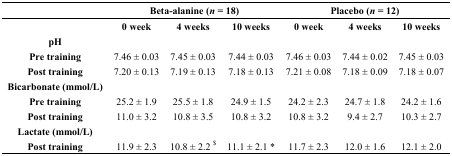
<table><thead><tr><td></td><td colspan="3"><b>Beta-alanine (<i>n</i> = 18)</b></td><td colspan="3"><b>Placebo (<i>n</i> = 12)</b></td></tr><tr><td></td><td><b>0 week</b></td><td><b>4 weeks</b></td><td><b>10 weeks</b></td><td><b>0 week</b></td><td><b>4 weeks</b></td><td><b>10 weeks</b></td></tr></thead><tbody><tr><td><b>pH</b></td><td></td><td></td><td></td><td></td><td></td><td></td></tr><tr><td><b>Pre training</b></td><td>7.46 ± 0.03</td><td>7.45 ± 0.03</td><td>7.44 ± 0.03</td><td>7.46 ± 0.03</td><td>7.44 ± 0.02</td><td>7.45 ± 0.03</td></tr><tr><td><b>Post training</b></td><td>7.20 ± 0.13</td><td>7.19 ± 0.13</td><td>7.18 ± 0.13</td><td>7.21 ± 0.08</td><td>7.18 ± 0.09</td><td>7.18 ± 0.07</td></tr><tr><td><b>Bicarbonate (mmol</b><b>/</b><b>L)</b></td><td></td><td></td><td></td><td></td><td></td><td></td></tr><tr><td><b>Pre training</b></td><td>25.2 ± 1.9</td><td>25.5 ± 1.8</td><td>24.9 ± 1.5</td><td>24.2 ± 2.3</td><td>24.7 ± 1.8</td><td>24.2 ± 1.6</td></tr><tr><td><b>Post training</b></td><td>11.0 ± 3.2</td><td>10.8 ± 3.5</td><td>10.8 ± 3.2</td><td>10.8 ± 3.2</td><td>9.4 ± 2.7</td><td>10.3 ± 2.7</td></tr><tr><td><b>Lactate (mmol</b><b>/</b><b>L)</b></td><td></td><td></td><td></td><td></td><td></td><td></td></tr><tr><td><b>Post training</b></td><td>11.9 ± 2.3</td><td>10.8 ± 2.2 <sup>$</sup></td><td>11.1 ± 2.1 *</td><td>11.7 ± 2.3</td><td>12.0 ± 1.6</td><td>12.1 ± 2.0</td></tr></tbody></table>